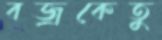
বজ্রকেতু